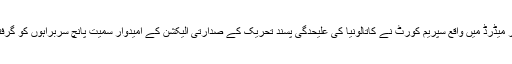
تفصیلات کے مطابق اسپین کے شہر میڈرڈ میں واقع سپریم کورٹ نے کاتالونیا کی علیحدگی پسند تحریک کے صدارتی الیکشن کے امیدوار سمیت پانچ سربراہوں کو گرفتار کرکے جیل منتقل کردیا گیا ہے۔